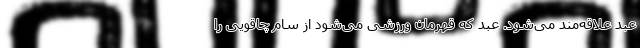
عبد علاقه‌مند می‌شود. عبد که قهرمان ورزشی می‌شود از سام چاقویی را